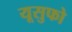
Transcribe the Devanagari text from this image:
यूसुफो